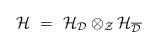
LaTeX: \begin{align*}{\mathcal H} \ = \ {\mathcal H}_{{\mathcal D}} \otimes_{{\mathcal Z}}{\mathcal H}_{\overline{{\mathcal D}}}\end{align*}